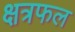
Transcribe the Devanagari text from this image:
क्षत्रफल